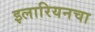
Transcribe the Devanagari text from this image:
इलारियनचा